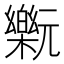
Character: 𰙂